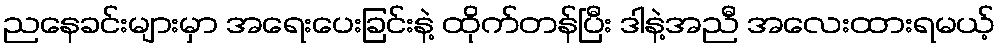
ညနေခင်းများမှာ အရေးပေးခြင်းနဲ့ ထိုက်တန်ပြီး ဒါနဲ့အညီ အလေးထားရမယ့်